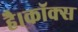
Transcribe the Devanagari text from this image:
है।कॉक्स